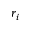
r _ { i }